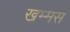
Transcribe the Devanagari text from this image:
खम्मस